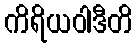
ကိရိယဝါဒီတိ